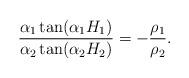
LaTeX: \begin{align*}\frac{\alpha_1 \tan(\alpha_1 H_1)}{\alpha_2 \tan(\alpha_2 H_2)} = - \frac{\rho_1}{\rho_2}.\end{align*}